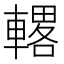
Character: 𫏾